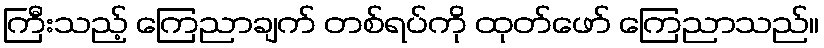
ကြီးသည့် ကြေညာချက် တစ်ရပ်ကို ထုတ်ဖော် ကြေညာသည်။